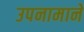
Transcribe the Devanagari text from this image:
उपनामाने